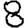
Digit: 8